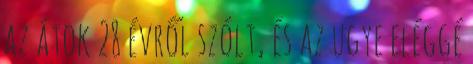
az átok 28 évről szólt, és az ugye eléggé